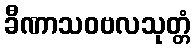
ခီဏာသဝဗလသုတ္တံ